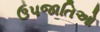
ઉપજાતિઓ